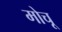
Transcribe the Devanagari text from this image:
मोचू